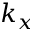
k _ { x }